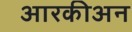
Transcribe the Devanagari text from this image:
आरकीअन